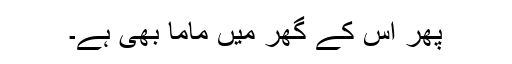
پھر اس کے گھر میں ماما بھی ہے۔